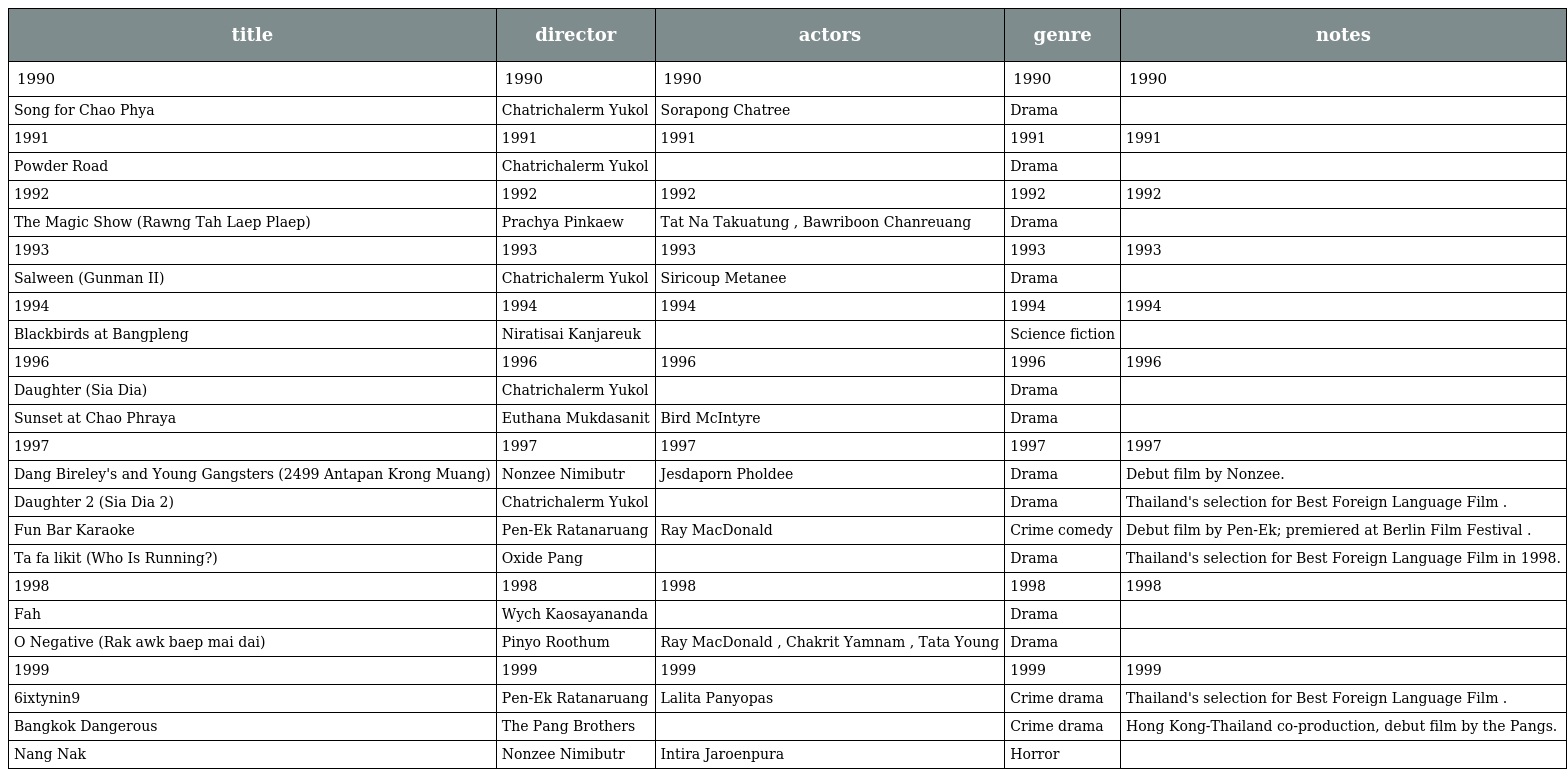
| title | director | actors | genre | notes |
 | --- | --- | --- | --- | --- |
 | 1990 | 1990 | 1990 | 1990 | 1990 |
 | Song for Chao Phya | Chatrichalerm Yukol | Sorapong Chatree | Drama |  |
 | 1991 | 1991 | 1991 | 1991 | 1991 |
 | Powder Road | Chatrichalerm Yukol |  | Drama |  |
 | 1992 | 1992 | 1992 | 1992 | 1992 |
 | The Magic Show (Rawng Tah Laep Plaep) | Prachya Pinkaew | Tat Na Takuatung , Bawriboon Chanreuang | Drama |  |
 | 1993 | 1993 | 1993 | 1993 | 1993 |
 | Salween (Gunman II) | Chatrichalerm Yukol | Siricoup Metanee | Drama |  |
 | 1994 | 1994 | 1994 | 1994 | 1994 |
 | Blackbirds at Bangpleng | Niratisai Kanjareuk |  | Science fiction |  |
 | 1996 | 1996 | 1996 | 1996 | 1996 |
 | Daughter (Sia Dia) | Chatrichalerm Yukol |  | Drama |  |
 | Sunset at Chao Phraya | Euthana Mukdasanit | Bird McIntyre | Drama |  |
 | 1997 | 1997 | 1997 | 1997 | 1997 |
 | Dang Bireley's and Young Gangsters (2499 Antapan Krong Muang) | Nonzee Nimibutr | Jesdaporn Pholdee | Drama | Debut film by Nonzee. |
 | Daughter 2 (Sia Dia 2) | Chatrichalerm Yukol |  | Drama | Thailand's selection for Best Foreign Language Film . |
 | Fun Bar Karaoke | Pen-Ek Ratanaruang | Ray MacDonald | Crime comedy | Debut film by Pen-Ek; premiered at Berlin Film Festival . |
 | Ta fa likit (Who Is Running?) | Oxide Pang |  | Drama | Thailand's selection for Best Foreign Language Film in 1998. |
 | 1998 | 1998 | 1998 | 1998 | 1998 |
 | Fah | Wych Kaosayananda |  | Drama |  |
 | O Negative (Rak awk baep mai dai) | Pinyo Roothum | Ray MacDonald , Chakrit Yamnam , Tata Young | Drama |  |
 | 1999 | 1999 | 1999 | 1999 | 1999 |
 | 6ixtynin9 | Pen-Ek Ratanaruang | Lalita Panyopas | Crime drama | Thailand's selection for Best Foreign Language Film . |
 | Bangkok Dangerous | The Pang Brothers |  | Crime drama | Hong Kong-Thailand co-production, debut film by the Pangs. |
 | Nang Nak | Nonzee Nimibutr | Intira Jaroenpura | Horror |  |